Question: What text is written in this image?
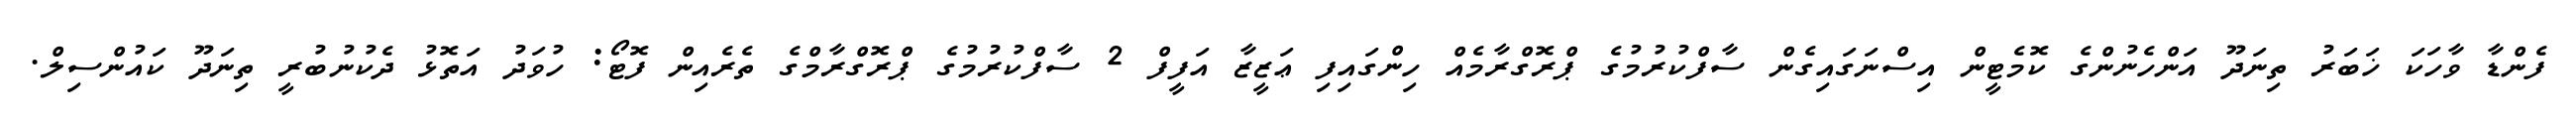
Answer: ފެންޑާ ވާހަކަ ޚަބަރު ތިނަދޫ އަންހެނުންގެ ކޮމެޓީން އިސްނަގައިގެން ސާފްކުރުމުގެ ޕްރޮގްރާމެއް ހިންގައިފި ޢަޒީޒާ އަފީފް 2 ސާފްކުރުމުގެ ޕްރޮގްރާމްގެ ތެރެއިން ފޮޓޯ: ހުވަދު އަތޮޅު ދެކުނުބުރީ ތިނަދޫ ކައުންސިލް.